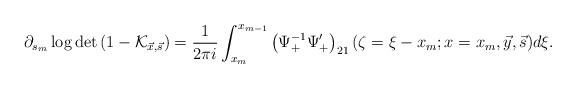
LaTeX: \begin{align*}\partial_{s_m}\log\det\left(1-\mathcal K_{\vec x,\vec s}\right)=\frac{1}{2\pi i}\int_{x_m}^{x_{m-1}}\left(\Psi_+^{-1}\Psi_+'\right)_{21}(\zeta=\xi-x_m;x=x_m,\vec y,\vec s)d\xi.\end{align*}